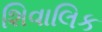
શિવાલિક